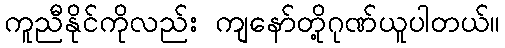
ကူညီနိုင်ကိုလည်း ကျနော်တို့ဂုဏ်ယူပါတယ်။